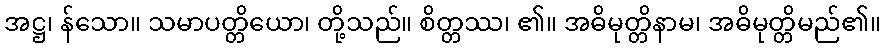
အဋ္ဌ၊ န်သော။ သမာပတ္တိယော၊ တို့သည်။ စိတ္တဿ၊ ၏။ အဓိမုတ္တိနာမ၊ အဓိမုတ္တိမည်၏။